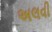
અલવી